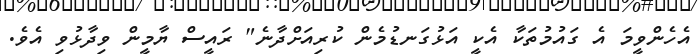
އެހެންވީމަ އެ ގައުމުތަކާ އެކީ އަޅުގަނޑުމެން ކުރިއަށްދާނެ" ރައީސް ޔާމީން ވިދާޅުވި އެވެ.